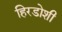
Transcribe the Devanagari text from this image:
हिरडोशी